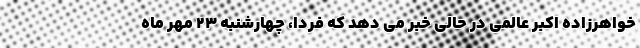
خواهرزاده اکبر عالمی در حالی خبر می دهد که فردا، چهارشنبه ۲۳ مهر ماه